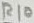
Text: R10